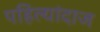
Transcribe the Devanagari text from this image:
पहिल्यांदाज